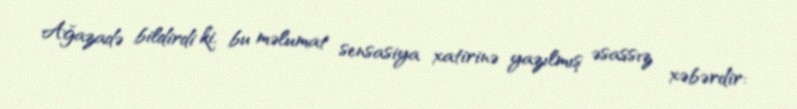
Ağazadə bildirdi ki, bu məlumat sensasiya xatirinə yazılmış əsassız xəbərdir: